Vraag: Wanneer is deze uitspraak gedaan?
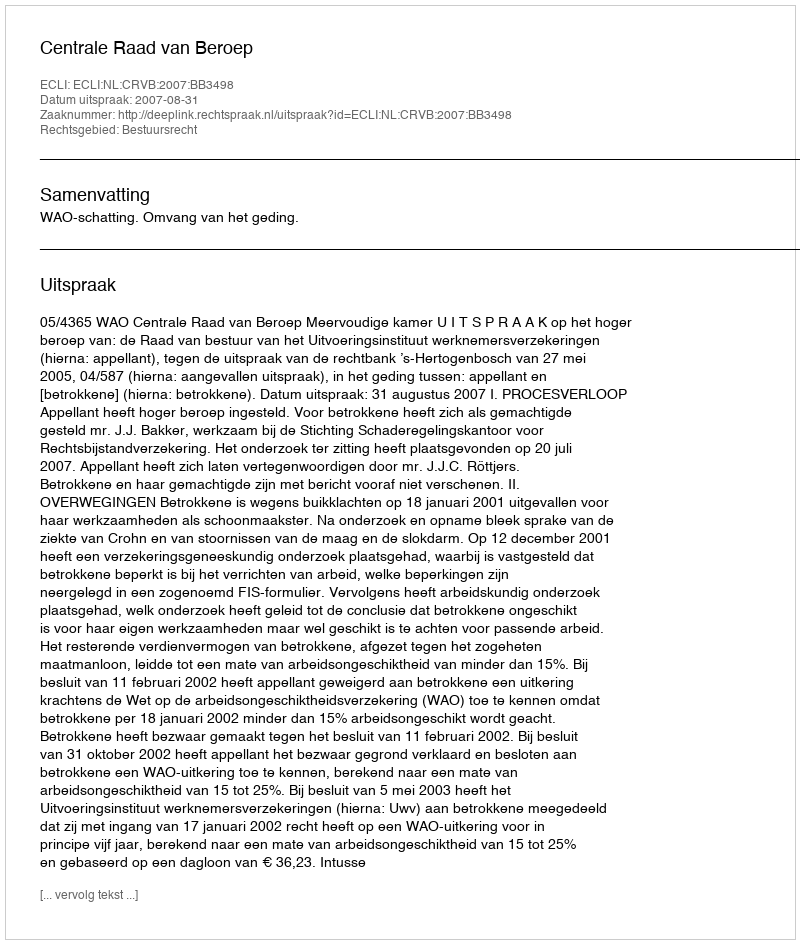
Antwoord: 2007-08-31